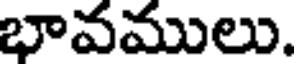
భావములు.